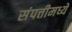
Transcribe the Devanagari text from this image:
संपत्तीमध्ये